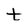
Character: t